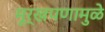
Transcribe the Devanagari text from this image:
मूर्खपणामुळे